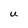
Character: U